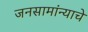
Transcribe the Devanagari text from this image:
जनसामांन्याचे